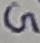
Text: G